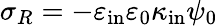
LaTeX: \sigma_{R}=-\varepsilon_{\mathrm{in}}\varepsilon_{0}\kappa_{\mathrm{in}}\psi_{0}